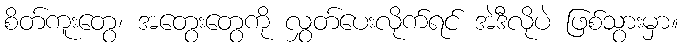
စိတ်ကူးတွေ၊ အတွေးတွေကို လွှတ်ပေးလိုက်ရင် အဲဒီလိုပဲ ဖြစ်သွားမှာ။